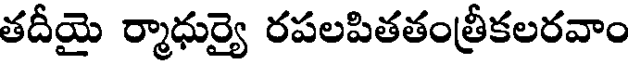
తదీయై ర్మాధుర్యై రపలపితతంత్రీకలరవాం